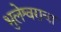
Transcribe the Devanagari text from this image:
भुलेश्वराचा